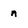
Character: n